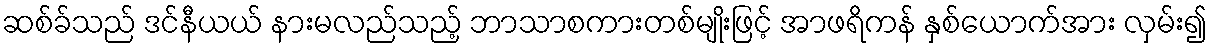
ဆစ်ခ်သည် ဒင်နီယယ် နားမလည်သည့် ဘာသာစကားတစ်မျိုးဖြင့် အာဖရိကန် နှစ်ယောက်အား လှမ်း၍